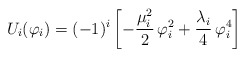
\begin{align*}U_{i}(\varphi_{i}) = (-1)^{i}\left[-\frac{\mu^{2}_{i}}{2}\,\varphi^{2}_{i} + \frac{\lambda_{i}}{4}\,\varphi^{4}_{i}\right] \end{align*}